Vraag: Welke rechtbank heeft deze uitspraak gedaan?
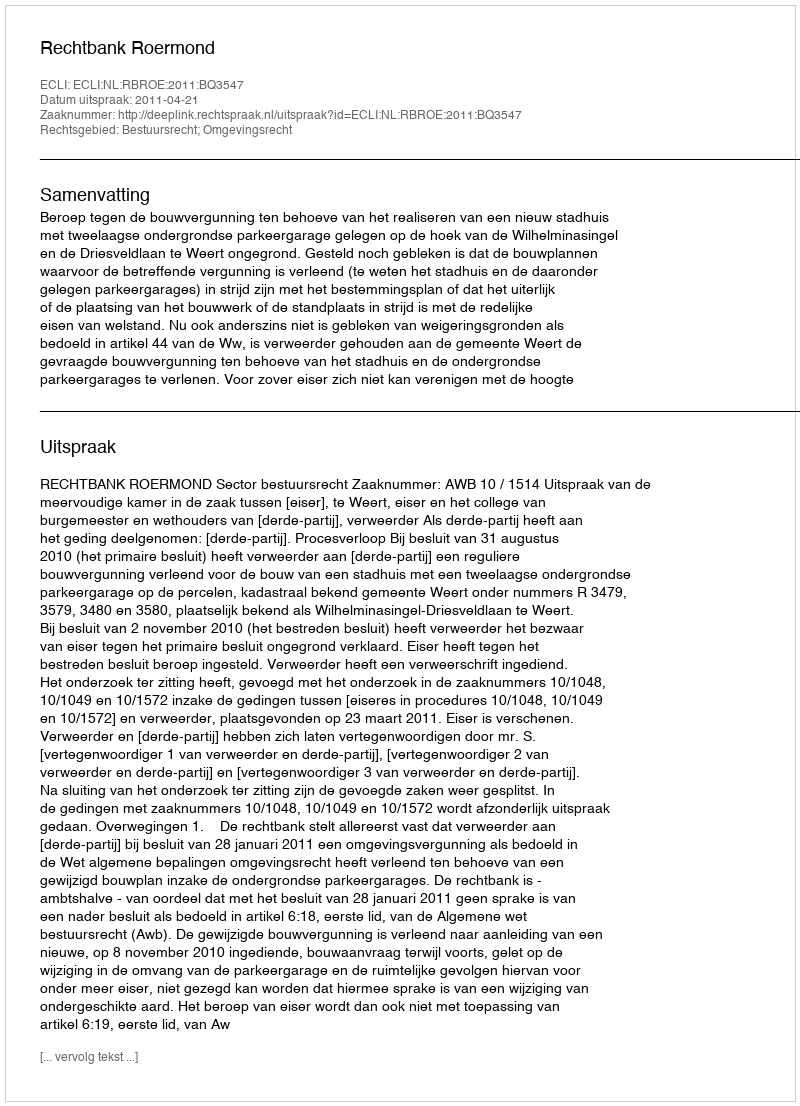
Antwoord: Rechtbank Roermond